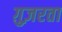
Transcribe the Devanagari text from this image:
ग़ुज़रता